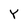
Character: Y